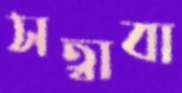
সত্বাবা